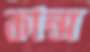
কান্স